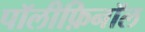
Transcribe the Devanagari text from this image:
पॉलीफ़िनॉल